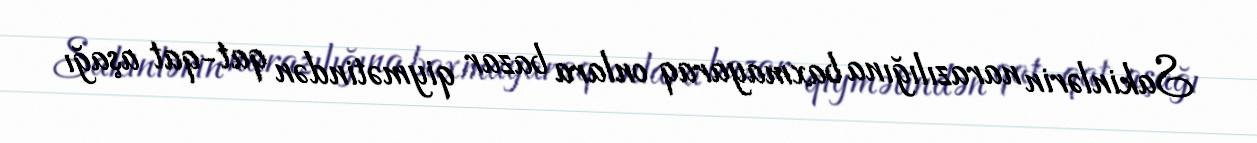
Sakinlərin narazılığına baxmayaraq onlara bazar qiymətindən qat-qat aşağı